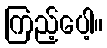
ကြည့်ပေါ့။